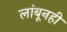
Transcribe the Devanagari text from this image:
लांबूनही